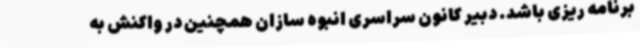
برنامه ریزی باشد. دبیر کانون سراسری انبوه سازان همچنین در واکنش به